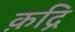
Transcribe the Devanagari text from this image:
क़द्रि